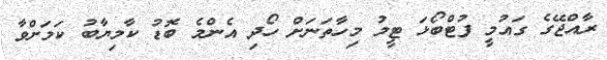
ރާއްޖޭގެ ގައުމީ ފުޓްބޯޅަ ޓީމު މިހާތަނަށް ހޯދި އެންމެ ބޮޑު ކާމިޔާބު ކަމަށްވާ